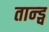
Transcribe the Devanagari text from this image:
तान्ड्व